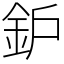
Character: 鈩